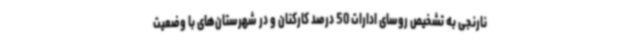
نارنجی به تشخیص روسای ادارات 50 درصد کارکنان و در شهرستان‌های با وضعیت